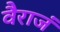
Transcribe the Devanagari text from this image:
वैराजं